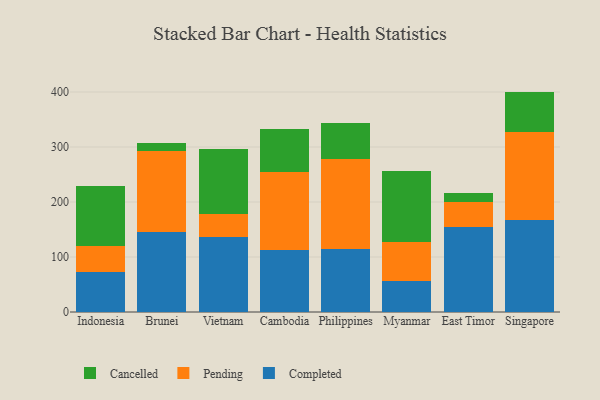
{"axis": {"x": "Country", "y": "Website Visitors"}, "legend": ["Cancelled", "Completed", "Pending"], "data": [{"x": "Indonesia", "y": 72.1, "type": "Completed"}, {"x": "Indonesia", "y": 47.2, "type": "Pending"}, {"x": "Indonesia", "y": 109.3, "type": "Cancelled"}, {"x": "Brunei", "y": 145.7, "type": "Completed"}, {"x": "Brunei", "y": 146.2, "type": "Pending"}, {"x": "Brunei", "y": 16.2, "type": "Cancelled"}, {"x": "Vietnam", "y": 136.8, "type": "Completed"}, {"x": "Vietnam", "y": 41.2, "type": "Pending"}, {"x": "Vietnam", "y": 118.4, "type": "Cancelled"}, {"x": "Cambodia", "y": 112.8, "type": "Completed"}, {"x": "Cambodia", "y": 141.7, "type": "Pending"}, {"x": "Cambodia", "y": 79.0, "type": "Cancelled"}, {"x": "Philippines", "y": 115.4, "type": "Completed"}, {"x": "Philippines", "y": 162.8, "type": "Pending"}, {"x": "Philippines", "y": 65.1, "type": "Cancelled"}, {"x": "Myanmar", "y": 57.2, "type": "Completed"}, {"x": "Myanmar", "y": 70.6, "type": "Pending"}, {"x": "Myanmar", "y": 127.8, "type": "Cancelled"}, {"x": "East Timor", "y": 154.3, "type": "Completed"}, {"x": "East Timor", "y": 46.0, "type": "Pending"}, {"x": "East Timor", "y": 16.7, "type": "Cancelled"}, {"x": "Singapore", "y": 167.2, "type": "Completed"}, {"x": "Singapore", "y": 159.8, "type": "Pending"}, {"x": "Singapore", "y": 73.7, "type": "Cancelled"}]}